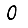
Digit: 0